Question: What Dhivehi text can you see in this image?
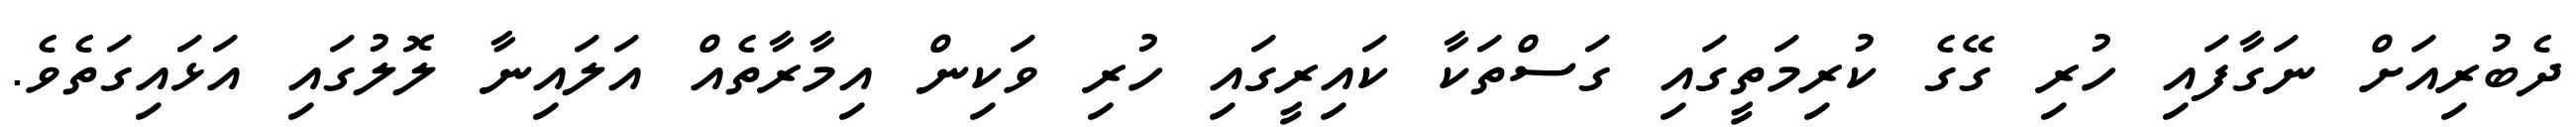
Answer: ދެބުރިއަށް ނަގާފައި ހުރި ގޭގެ ކުރިމަތީގައި ގަސްތަކާ ކައިރީގައި ހުރި ވަކިން އިމާރާތެއް އަލައިނާ ލޮލުގައި އަޅައިގަތެވެ.